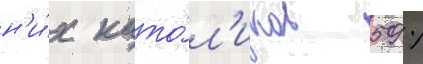
н'и́х като́л'иков 59 %